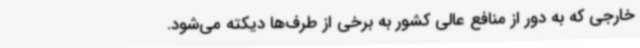
خارجی که به دور از منافع عالی کشور به برخی از طرف‌ها دیکته می‌شود.